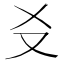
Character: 𪠣